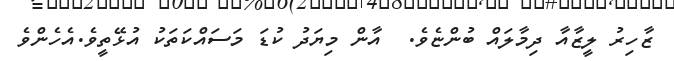
ޒާހިރު ލީޒާއާ ދިމާލައް ބުންޏެވެ.  އާން މިޔަދު ކުޑަ މަސައްކަތަކު އުޅޭތީވެ.އެހެންވެ